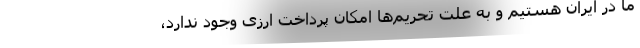
ما در ایران هستیم و به علت تحریم‌ها امکان پرداخت ارزی وجود ندارد،